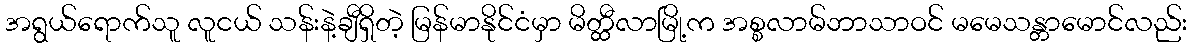
အရွယ်ရောက်သူ လူငယ် သန်းနဲ့ချီရှိတဲ့ မြန်မာနိုင်ငံမှာ မိတ္ထီလာမြို့က အစ္စလာမ်ဘာသာဝင် မမေသန္တာမောင်လည်း